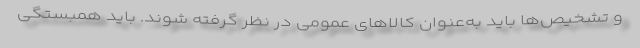
و تشخیص‌ها باید به‌عنوان کالاهای عمومی در نظر گرفته شوند. باید همبستگی